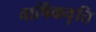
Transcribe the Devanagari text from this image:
वार्षिकवृत्ति